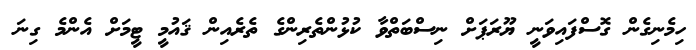
ހިމެނިގެން ގޮސްފައިވަނީ ޔޫރަޕަށް ނިސްބަތްވާ ކުޅުންތެރިންގެ ތެރެއިން ޤައުމީ ޓީމަށް އެންމެ ގިނަ